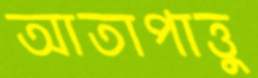
আতাপাত্তু